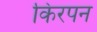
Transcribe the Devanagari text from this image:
किरपन